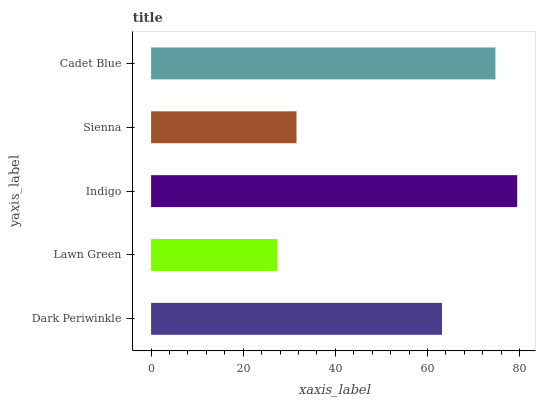
| yaxis_label | bars |
 | --- | --- |
 | Dark Periwinkle | 63.2 |
 | Lawn Green | 27.4 |
 | Indigo | 79.5 |
 | Sienna | 31.6 |
 | Cadet Blue | 74.8 |